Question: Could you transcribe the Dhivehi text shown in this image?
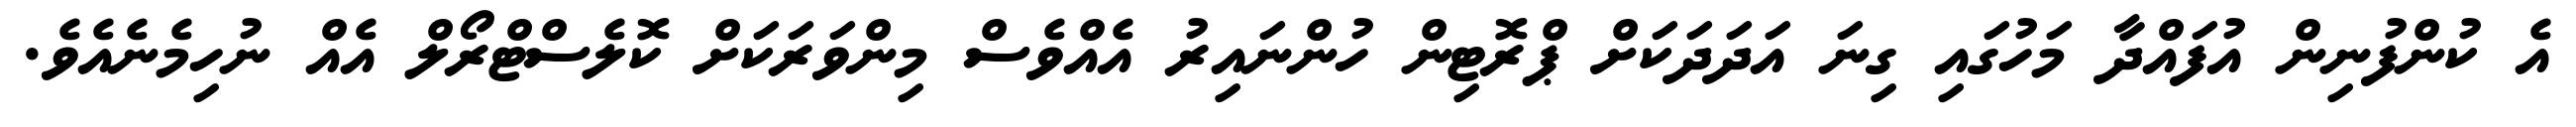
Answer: އެ ކުންފުނިން އުފައްދާ މަހުގައި ގިނަ އަދަދަކަށް ޕްރޮޓިން ހުންނައިރު އެއްވެސް މިންވަރަކަށް ކޮލެސްޓްރޯލް އެއް ނުހިމެނެއެވެ.